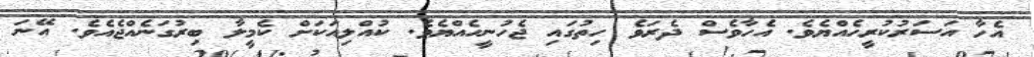
އެހާ އަސަރުކުރީހެއްޔެވެ. އެހާވެސް ދެރަވެ ހިތުގައި ޖެހުނީހެއްޔެވެ. ކުއްލިއަކަށް ކެމީލާ ބިރުގަނެއްޖެއެވެ. އޭނަ